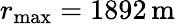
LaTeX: r_{\mathrm{max}}=1892\, \mathrm{m}